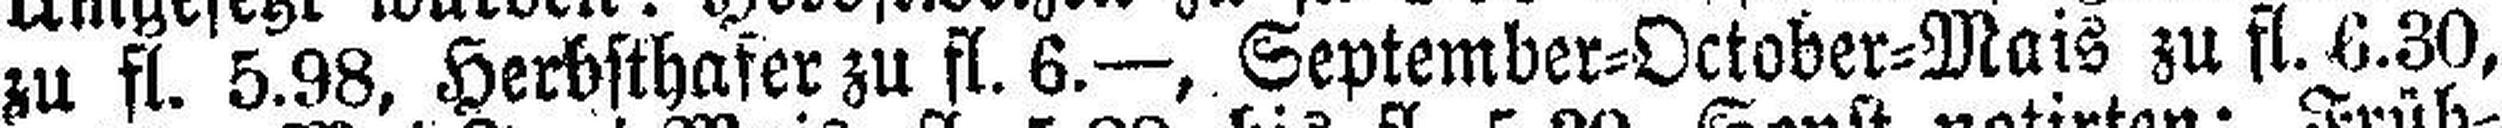
zu fl. 5.98, Herbsthafer zu fl. 6.—, September=October=Mais zu fl. 6.30,